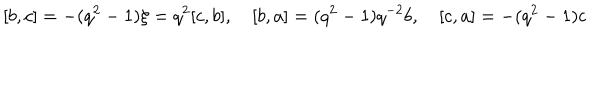
[ b , c ] = - ( q ^ { 2 } - 1 ) \xi = q ^ { 2 } [ c , b ] , \quad [ b , a ] = ( q ^ { 2 } - 1 ) q ^ { - 2 } b , \quad [ c , a ] = - ( q ^ { 2 } - 1 ) c